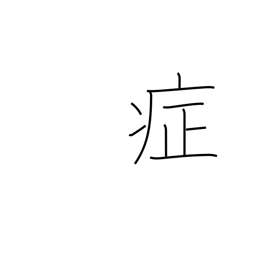
Meaning: symptoms